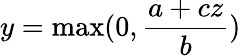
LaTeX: {y=\operatorname*{max}(0,\frac{a+cz}{b})}